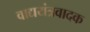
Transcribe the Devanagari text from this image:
वाद्ययंत्रवादक